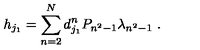
{ h } _ { j _ { 1 } } = \sum _ { n = 2 } ^ { N } d _ { j _ { 1 } } ^ { n } P _ { n ^ { 2 } - 1 } \lambda _ { n ^ { 2 } - 1 } \ .